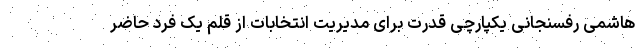
هاشمی رفسنجانی یکپارچی قدرت برای مدیریت انتخابات از قلم یک فرد حاضر